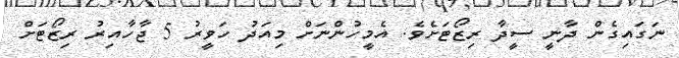
ނަގައިގެން ދާނީ ސީދާ ރިޒޯޓަށެވެ. އެމީހުންނަށް މިއަދު ހަވީރު 5 ޖާހާއިިރު ރިޒޯޓަށް